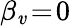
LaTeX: \beta_{\mathit{v}}\! =\! 0